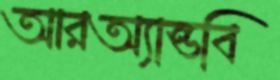
আরঅ্যান্ডবি